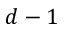
d - 1